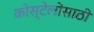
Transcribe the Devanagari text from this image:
कोस्टेलोसाठी